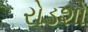
રોડશો